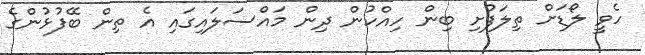
ހެވީ ލޯޑަށް ތިލަފުށި ބިން ހިއްކުން ދިން މައްސަލައިގައި އެ ތިން ބޭފުޅުންގެ